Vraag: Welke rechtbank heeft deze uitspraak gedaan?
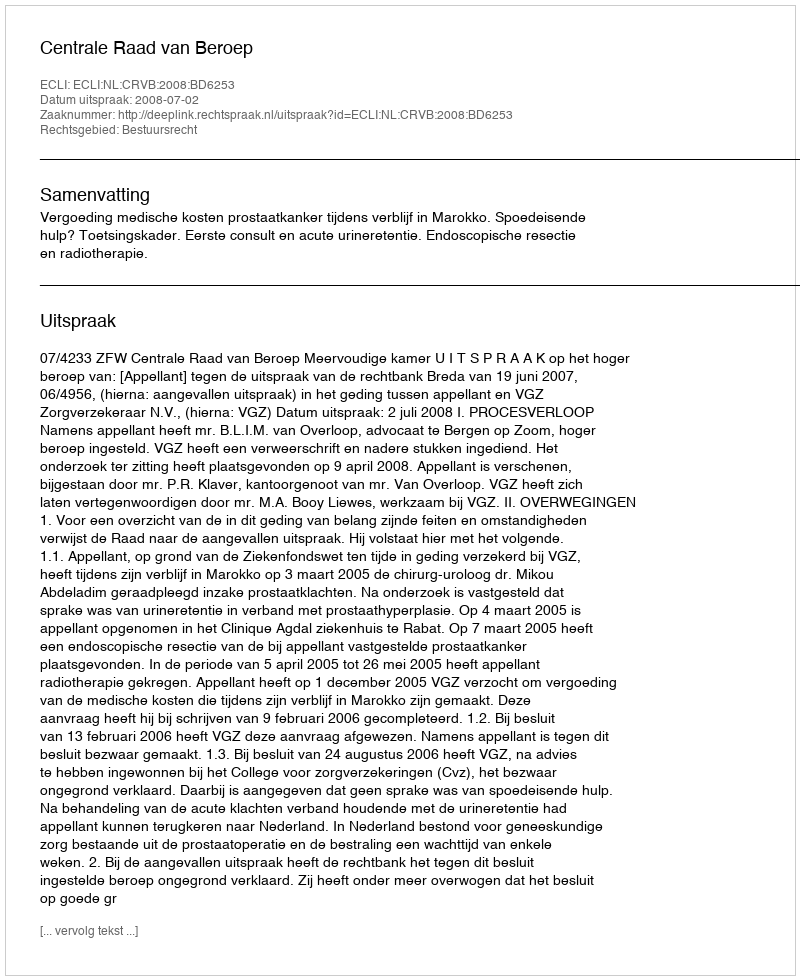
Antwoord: Centrale Raad van Beroep